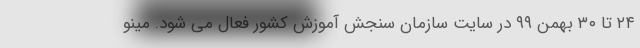
۲۴ تا ۳۰ بهمن ۹۹ در سایت سازمان سنجش آموزش کشور فعال می شود. مینو